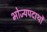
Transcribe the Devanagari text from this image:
भोज्यपदार्थों